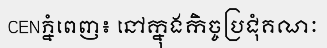
CENភ្នំពេញ៖ នៅក្នុងកិច្ចប្រជុំគណៈ